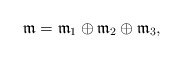
\begin{align*}\frak{m}=\frak{m}_1\oplus\frak{m}_2\oplus\frak{m}_3,\end{align*}